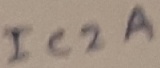
Text: IC2A